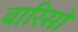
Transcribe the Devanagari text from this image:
वारिसो